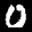
Label: 0